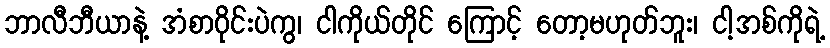
ဘာလီဘီယာနဲ့ အံစာဝိုင်းပဲကွ၊ ငါကိုယ်တိုင် ကြောင့် တော့မဟုတ်ဘူး၊ ငါ့အစ်ကိုရဲ့